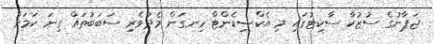
ޖަޕާނުގެ ސުޒުކާ ސާކިޓުގައި މި އެކްސިޑެންޓް ހިނގަން މެދުވެރި ސަބަބުތައް ގިނަ ކަމަށް